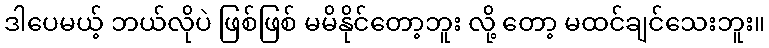
ဒါပေမယ့် ဘယ်လိုပဲ ဖြစ်ဖြစ် မမိနိုင်တော့ဘူး လို့ တော့ မထင်ချင်သေးဘူး။